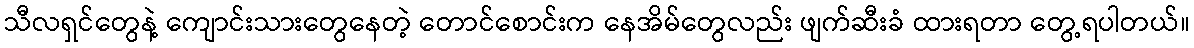
သီလရှင်တွေနဲ့ ကျောင်းသားတွေနေတဲ့ တောင်စောင်းက နေအိမ်တွေလည်း ဖျက်ဆီးခံ ထားရတာ တွေ့ရပါတယ်။